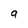
Character: q